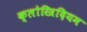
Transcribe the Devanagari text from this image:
क्लोस्त्रिदियम